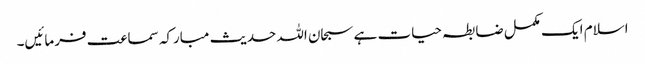
اسلام ایک مکمل ضابطہ حیات ہے سبحان اللہ حدیث مبارکہ سماعت فرمائیں۔